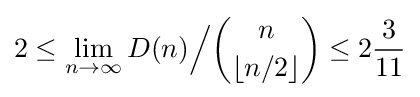
2\leq \lim _{n\to \infty }D(n){\Big /}{\binom {n}{\lfloor n/2\rfloor }}\leq 2{\frac {3}{11}}